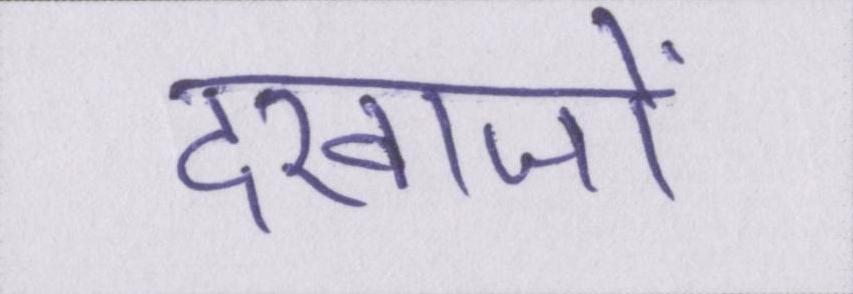
दरवाजों